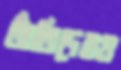
তাঁতিদেরও